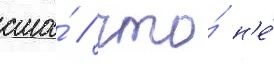
сша́ / что́ н'е́